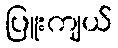
ပြူးကျယ်